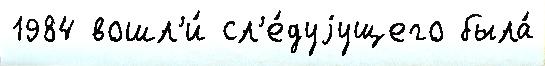
1984 вошл'и́ сл'е́дуjущего была́